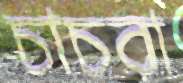
চাচরা